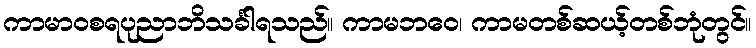
ကာမာဝစရပုညာဘိသင်္ခါရသည်။ ကာမဘဝေ၊ ကာမတစ်ဆယ့်တစ်ဘုံတွင်။